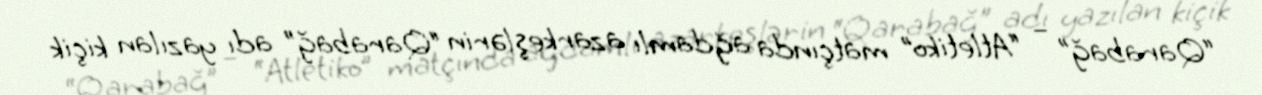
“Qarabağ” – “Atletiko” matçında ağdamlı azarkeşlərin “Qarabağ” adı yazılan kiçik